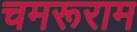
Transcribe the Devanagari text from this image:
चमरूराम